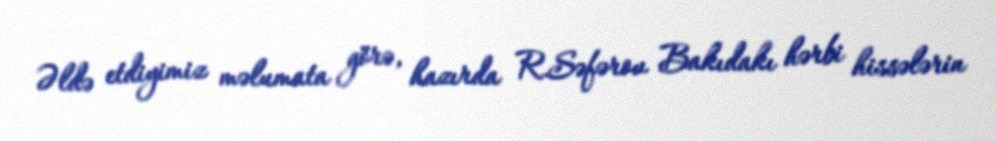
Əldə etdiyimiz məlumata görə, hazırda R.Səfərov Bakıdakı hərbi hissələrin